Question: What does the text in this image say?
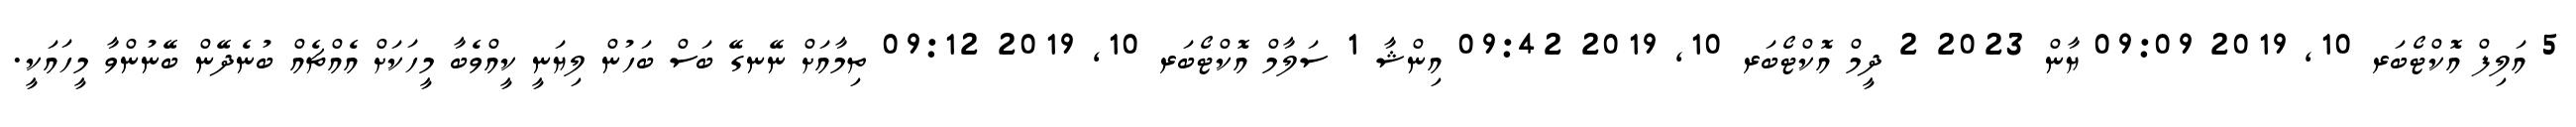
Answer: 5 އަލިފް އޮކްޓޯބަރ 10, 2019 09:09 ޔާން 2023 2 ދީމް އޮކްޓޯބަރ 10, 2019 09:42 އިންޝާ 1 ސަލާމް އޮކްޓޯބަރ 10, 2019 09:12 ތިމާއަށް ނޭނގޭ ބަސް ބަހުން ލިޔަނީ ކީއްވެބާ މީހަކަށް އެއްޗެއް ބުނެދޭން ބޭނުންވާ މީހައަކީ.